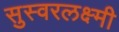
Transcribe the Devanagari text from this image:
सुस्वरलक्ष्मी